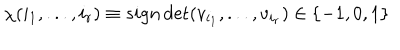
\chi ( i _ { 1 } , . . . , i _ { r } ) \equiv s i g n \det ( v _ { i _ { 1 } } , . . . , v _ { i _ { r } } ) \in \{ - 1 , 0 , 1 \}